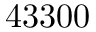
4 3 3 0 0